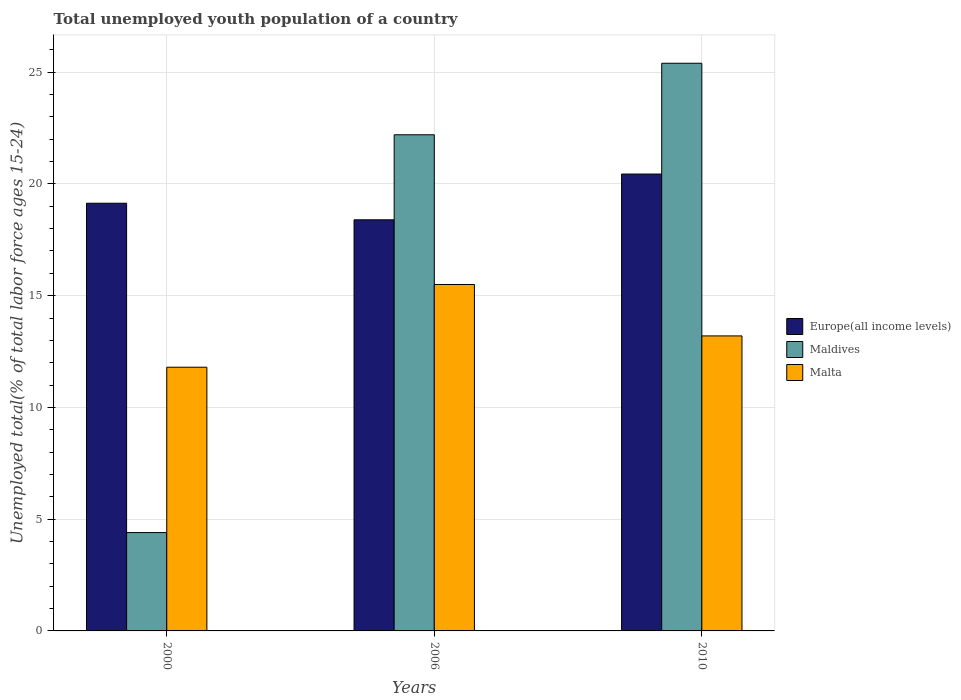
| Years | Europe(all income levels) | Maldives | Malta |
 | --- | --- | --- | --- |
 | 2000 | 19.1 | 4.4 | 11.8 |
 | 2006 | 18.4 | 22.2 | 15.5 |
 | 2010 | 20.4 | 25.4 | 13.2 |